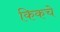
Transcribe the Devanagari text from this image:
किकचे